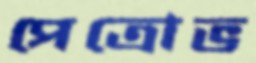
পেত্রোভ